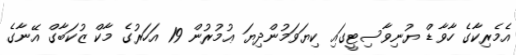
އެމެރިކާގެ ހާވާޑް ޔުނިވާސިޓީގައި ކިޔަވަމުންދިޔަ ޢުމުރުން 19 އަހަރުގެ މާކް ޒުކަބާގް އޭނާގެ